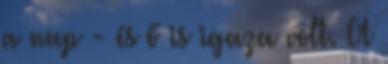
a nap - és ő is igaza volt. A